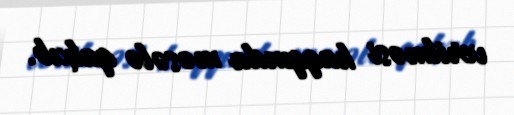
verilməsi haqqında məsələ qalxıb.